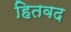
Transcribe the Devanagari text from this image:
हितवद